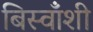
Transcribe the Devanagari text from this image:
बिस्वाँशी